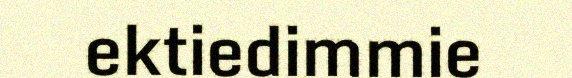
ektiedimmie